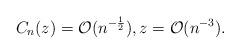
LaTeX: \begin{align*} C_n(z) = \mathcal{O}(n^{-\frac{1}{2}}), z = \mathcal{O}(n^{-3}).\end{align*}